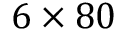
6 \times 8 0